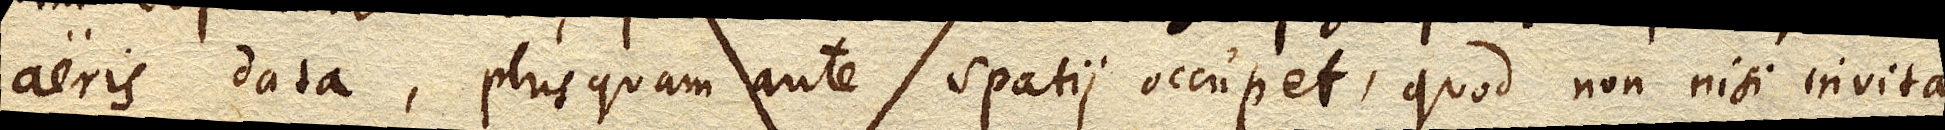
aeris data, plus quam ante spatii occupet, quod non nisi invita